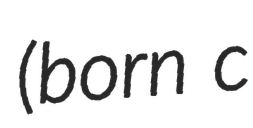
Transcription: (born c